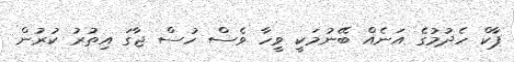
ޕާކް ހެދުމުގެ އަނެއް ބޭނުމަކީ ވީހާ ވެސް ހުސް ޖާގަ އިތުރު ކުރުން